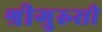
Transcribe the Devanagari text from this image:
श्रीगुरुसी